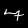
Label: 7